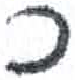
אות: כ